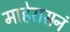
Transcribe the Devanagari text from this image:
माहेरासनं